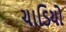
ચાડિયો